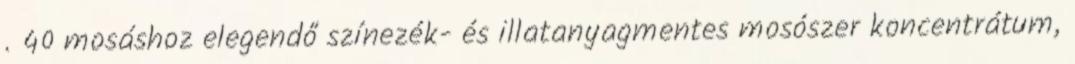
. 40 mosáshoz elegendő színezék- és illatanyagmentes mosószer koncentrátum,